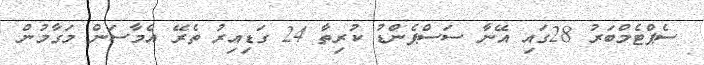
ސެޕްޓެމްބަރު 28ގައި އޭނާ ސަސްޕެންޑު ކުރިތާ 24 ގަޑިއިރު ތެރޭ އެމާސަން މަގާމުން